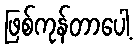
ဖြစ်ကုန်တာပေါ့